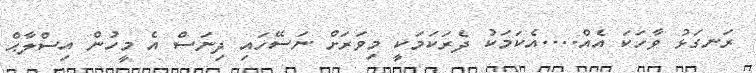
ރަނގަޅު ވާހަކަ އެއް....އެކަމަކު ދެރަކަމަކީ މިވަރަށް ނަސޭހައި ދިނަސް އެ މީހުން އިސްލާޙް